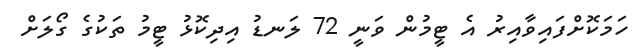
ހަމަކޮށްފައިވާއިރު އެ ޓީމުން ވަނީ 72 ލަނޑު އިދިކޮޅު ޓީމު ތަކުގެ ގޯލަށް